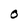
Character: O